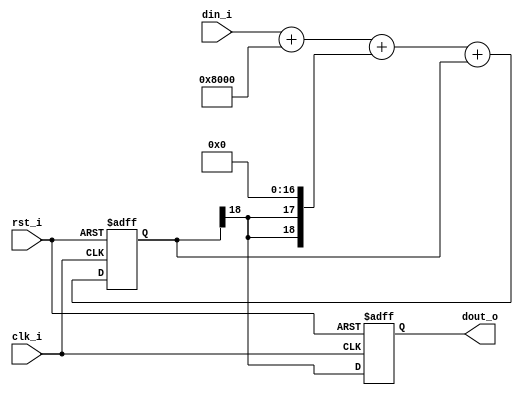
// This program was cloned from: https://github.com/ultraembedded/core_audio
// License: GNU General Public License v2.0

//-----------------------------------------------------------------
//                      Audio Controller
//                           V0.1
//                     Ultra-Embedded.com
//                     Copyright 2012-2019
//
//
//                         License: GPL
// If you would like a version with a more permissive license for
// use in closed source commercial applications please contact me
// for details.
//-----------------------------------------------------------------
//
// This file is open source HDL; you can redistribute it and/or 
// modify it under the terms of the GNU General Public License as 
// published by the Free Software Foundation; either version 2 of 
// the License, or (at your option) any later version.
//
// This file is distributed in the hope that it will be useful,
// but WITHOUT ANY WARRANTY; without even the implied warranty of
// MERCHANTABILITY or FITNESS FOR A PARTICULAR PURPOSE.  See the
// GNU General Public License for more details.
//
// You should have received a copy of the GNU General Public 
// License along with this file; if not, write to the Free Software
// Foundation, Inc., 59 Temple Place, Suite 330, Boston, MA 02111-1307
// USA
//-----------------------------------------------------------------

//-----------------------------------------------------------------
//                          Generated File
//-----------------------------------------------------------------
module sigma_dac
#(
    parameter [31:0] NBITS = 16
)
(
    input             clk_i,
    input             rst_i,

    input [NBITS-1:0] din_i,
    output            dout_o
);

//-----------------------------------------------------------------
// Implementation: Described in Xilinx xapp154.pdf
//-----------------------------------------------------------------
reg [NBITS+2:0] delta_adder_r;
reg [NBITS+2:0] sigma_adder_r;
reg [NBITS+2:0] sigma_latch_q;
reg [NBITS+2:0] delta_r;

//synthesis attribute IOB of dac_q is "TRUE"
reg             dac_q;

wire [NBITS-1:0]  input_unsigned_w = din_i + 'd32768;

/* verilator lint_off WIDTH */
always @ * 
    delta_r = {sigma_latch_q[NBITS+2], sigma_latch_q[NBITS+2]} << (NBITS+1);

always @ *
    delta_adder_r = input_unsigned_w + delta_r;
/* verilator lint_on WIDTH */

always @ *
    sigma_adder_r = delta_adder_r + sigma_latch_q;

always @(posedge clk_i or posedge rst_i) 
begin
    if (rst_i)
    begin
        sigma_latch_q <= 1'b1 << (NBITS+1);
        dac_q         <= 1'b0;
    end
    else
    begin
        sigma_latch_q <= sigma_adder_r;
        dac_q         <= sigma_latch_q[NBITS+2];
    end
end

assign dout_o = dac_q;

endmodule